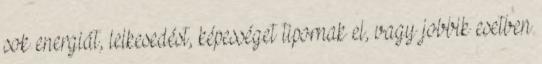
sok energiát, lelkesedést, képességet tipornak el, vagy jobbik esetben